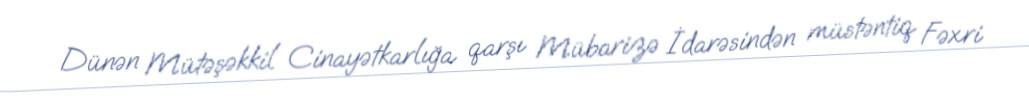
Dünən Mütəşəkkil Cinayətkarlığa qarşı Mübarizə İdarəsindən müstəntiq Fəxri